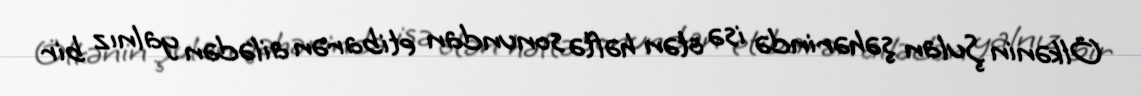
Ölkənin Şulan şəhərində isə ötən həftə sonundan etibarən ailədən yalnız bir